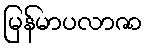
မြန်မာပလာဇာ